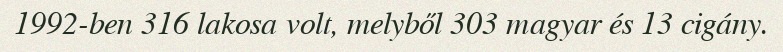
1992-ben 316 lakosa volt, melyből 303 magyar és 13 cigány.